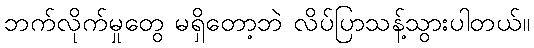
ဘက်လိုက်မှုတွေ မရှိတော့ဘဲ လိပ်ပြာသန့်သွားပါတယ်။